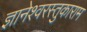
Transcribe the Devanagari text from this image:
ज्ञानेश्वरस्तुकाराम